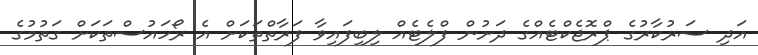
އަދި ސަރުކާރުގެ ޕްރޮޖެކްޓެއްގެ ދަށުން ފްލެޓެއް ލިބިފައިވާ ފަރާތްތަކަށް އެ ރޯހައުސްތަކަށް ގަތުމުގެ